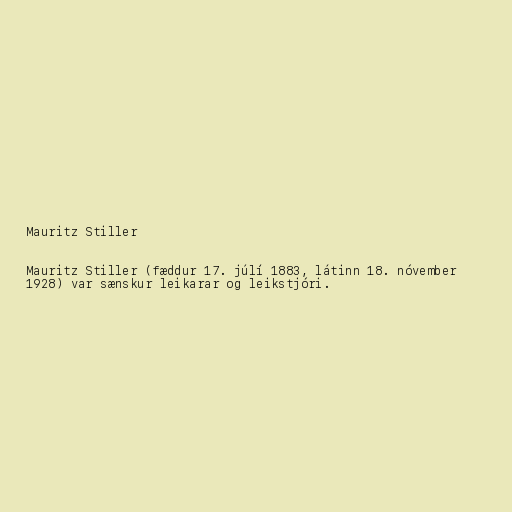
Mauritz Stiller

Mauritz Stiller (fæddur 17. júlí 1883, látinn 18. nóvember
1928) var sænskur leikarar og leikstjóri.